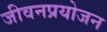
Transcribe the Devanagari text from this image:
जीवनप्रयोजन